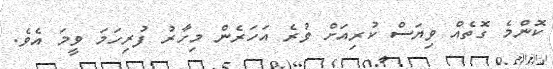
ކޮންމެ ގޮތެއް ވިޔަސް ކުރިއަށް ވުރެ އަހަރެން މިހާރު ފުރިހަމަ ވީމަ އެވެ.